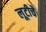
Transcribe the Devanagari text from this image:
लूटीचे